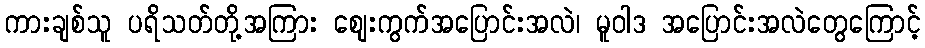
ကားချစ်သူ ပရိသတ်တို့အကြား စျေးကွက်အပြောင်းအလဲ၊ မူဝါဒ အပြောင်းအလဲတွေကြောင့်